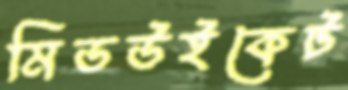
মিডউইকেট